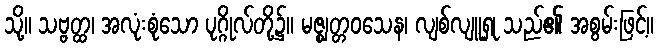
သို့။ သဗ္ဗတ္ထ၊ အလုံးစုံသော ပုဂ္ဂိုလ်တို့၌။ မဇ္ဈတ္တဝသေန၊ လျစ်လျူရှု သည်၏ အစွမ်းဖြင့်။